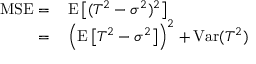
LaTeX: \begin{array} { r l } { \operatorname { M S E } = } & { { } \operatorname { E } \left[ ( T ^ { 2 } - \sigma ^ { 2 } ) ^ { 2 } \right] } \\ { = } & { { } \left( \operatorname { E } \left[ T ^ { 2 } - \sigma ^ { 2 } \right] \right) ^ { 2 } + \operatorname { V a r } ( T ^ { 2 } ) } \end{array}